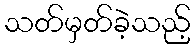
သတ်မှတ်ခဲ့သည့်